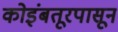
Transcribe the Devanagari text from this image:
कोइंबतूरपासून